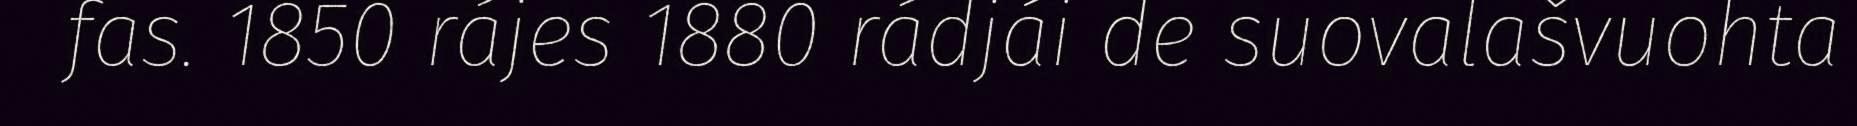
fas. 1850 rájes 1880 rádjái de suovalašvuohta